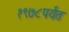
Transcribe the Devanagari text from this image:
१९७८पर्यंत